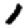
Digit: 1